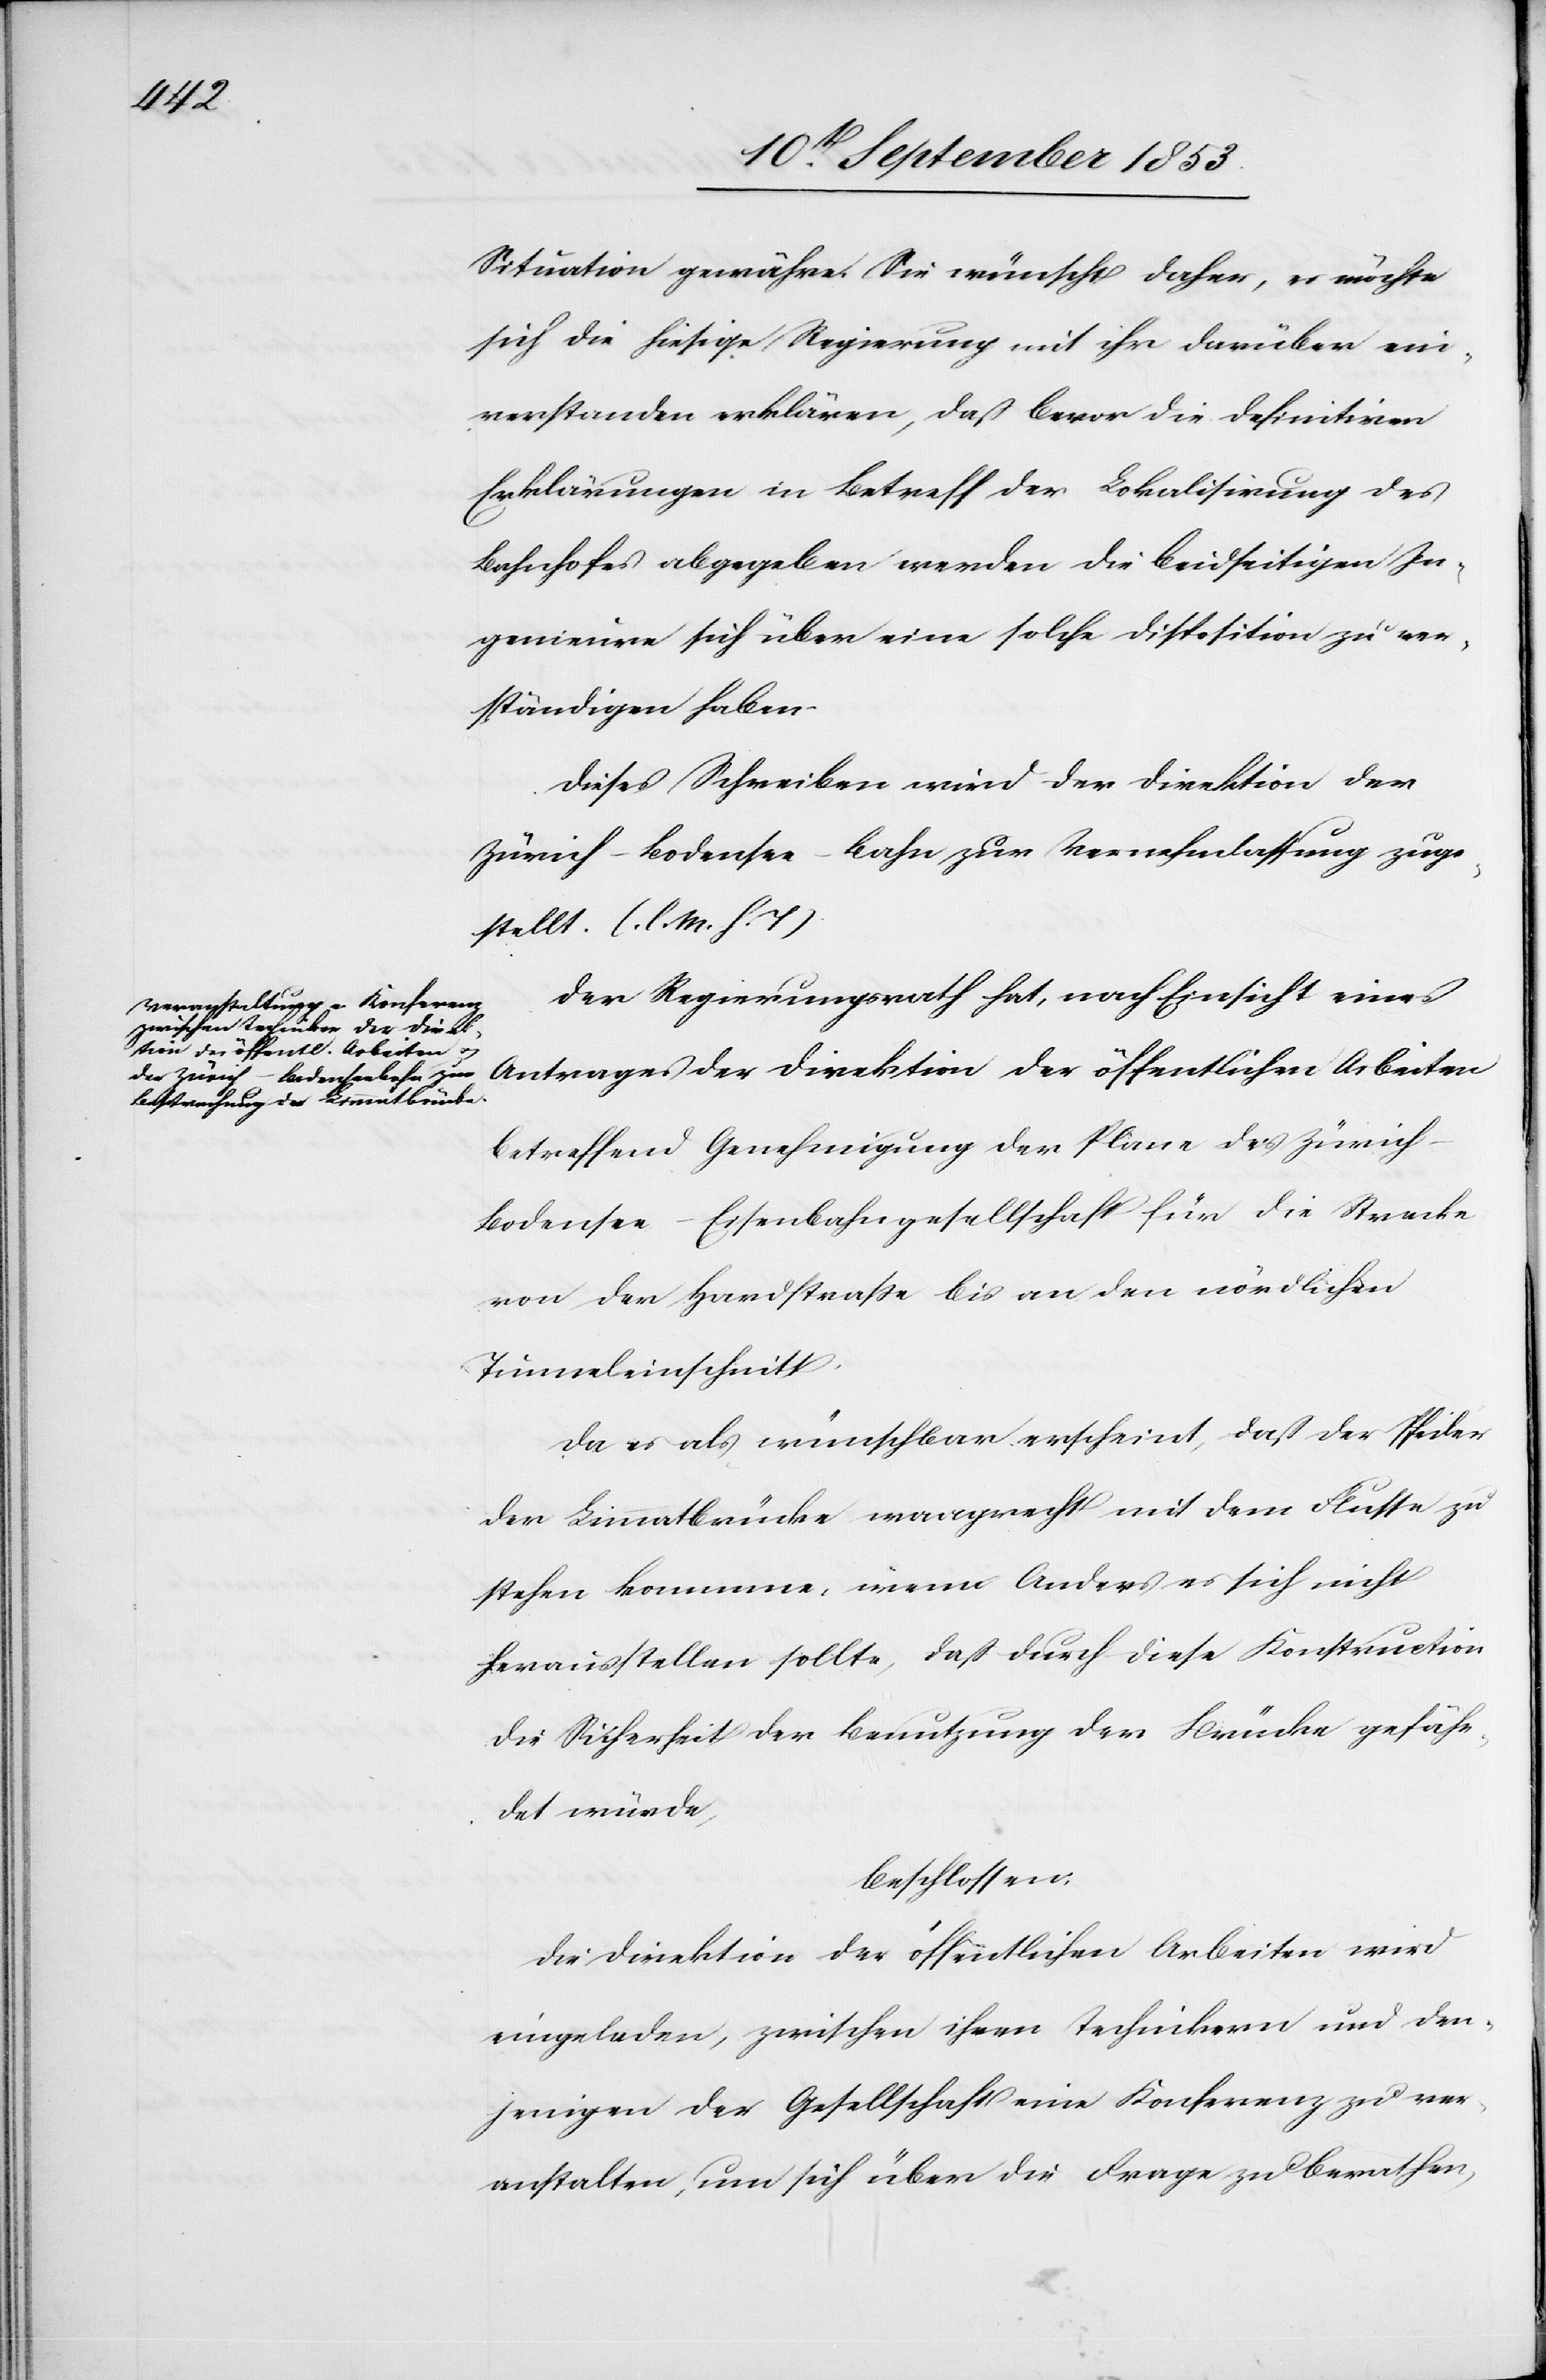
Situation gewähre. Sie wünscht daher, es möchte
sich die hiesige Regierung mit ihr darüber ein¬
verstanden erklären, daß bevor die definitiven
Erklärungen in Betreff der Lokalisirung des
Bahnhofes abgegeben werden die beidseitigen In¬
genieure sich über eine solche Disposition zu ver¬
ständigen haben.
Dieses Schreiben wird der Direktion der
Zürich-Bodensee-Bahn zur Vernehmlassung zuge¬
stellt. [l. M. h. T]
Der Regierungsrath hat nach Einsicht eines
Antrages der Direktion der öffentlichen Arbeiten
betreffend Genehmigung der Pläne der Züric¬
h-Bodensee-Eisenbahngesellschaft für die Strecke
von der Hardstraße bis an den nördlichen
Tunnelabschnitt.
Da es als wünschbar erscheint, daß der Pfeiler
der Limmatbrücke waagrecht mit dem Flusse zu
stehen kommme [sic!], wenn Anders es sich nicht
herausstellen sollte, daß durch diese Konstruktion
die Sicherheit der Benutzung der Brücke gefähr¬
det würde,
beschlossen:
Die Direktion der öffentlichen Arbeiten wird
eingeladen, zwischen ihren Technikern und den¬
jenigen der Gesellschaft eine Konferenz zu ver¬
anstalten, um sich über die Frage zu berathen,